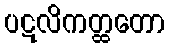
ပဋလိကတ္ထတော